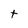
Character: t